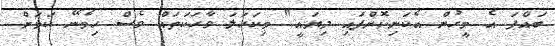
ބައްޕަ އެ މީހުން އެކަނިކޮށްފައި ދިޔައީ" މިކަހަލަ ވާހަކަތައް ވެސް ހިމެނޭ ކަމަށް